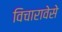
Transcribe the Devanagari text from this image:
विचारावेसे